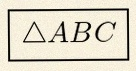
\triangle ABC